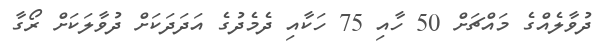
ދުވާލެއްގެ މައްޗަށް 50 ހާއި 75 ހަކާއި ދެމެދުގެ އަދަދަކަށް ދުވާލަކަށް ރޯގާ